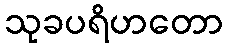
သုခပရိဟတော